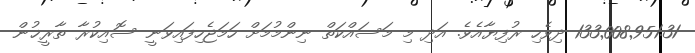
133